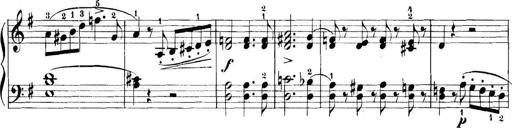
Title: 11 Sonatinas
Composer: Anton Diabelli